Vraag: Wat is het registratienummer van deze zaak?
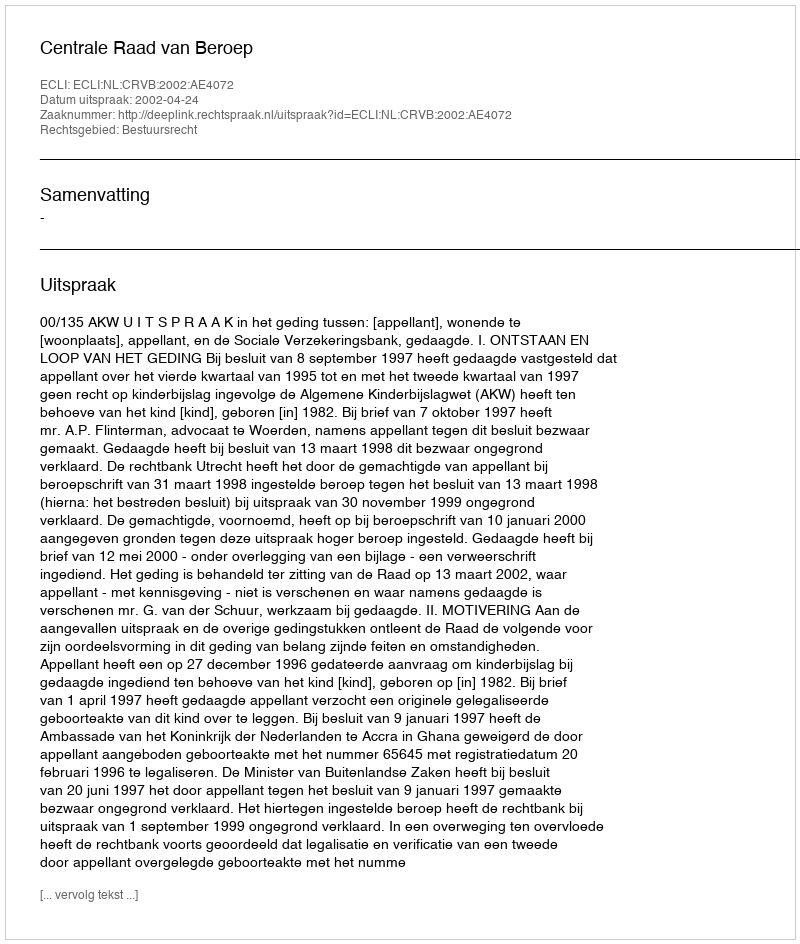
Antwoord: http://deeplink.rechtspraak.nl/uitspraak?id=ECLI:NL:CRVB:2002:AE4072